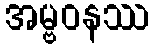
အမ္ဗဝနဿ